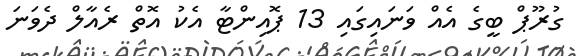
ގުރޫޕް ބީގެ އެއް ވަނައިގައި 13 ޕޮއިންޓާ އެކު އޮތް ރެއާލް ދެވަނަ